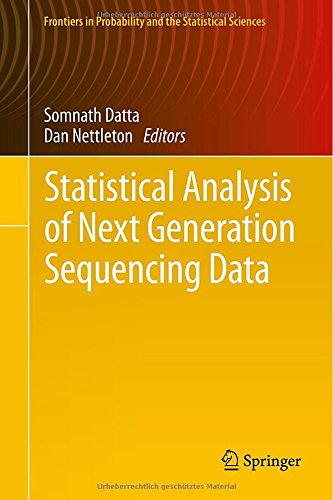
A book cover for Statistical Analysis of Next Generation Sequencing Data (Frontiers in Probability and the Statistical Sciences); Computers & Technology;